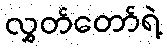
လွှတ်တော်ရဲ့